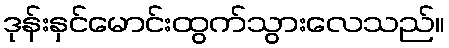
ဒုန်းနှင်မောင်းထွက်သွားလေသည်။